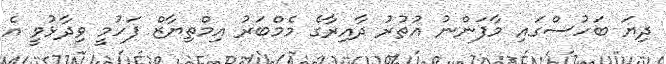
ދިޔަ ބަހުސްގައި މާފަންނު އުތުރު ދާއިރާގެ މެމްބަރު އިމްތިޔާޒް ފަހުމީ ވިދާޅުވީ އެ